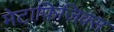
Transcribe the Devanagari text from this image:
मेटाफ़िज़िक्स